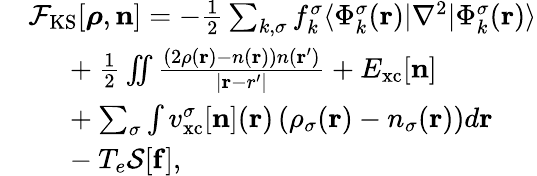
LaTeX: \begin{array}{rl}&{{\cal F}_{\mathrm{KS}}[{\boldsymbol\rho},{\mathbf n}]=-\frac{1}{2}\sum_{k,\sigma}f_{k}^{\sigma}\langle\Phi_{k}^{\sigma}({\mathbf r})\vert\nabla^{2}\vert\Phi_{k}^{\sigma}({\mathbf r})\rangle}\\ &{~~~~~+\frac{1}{2}\iint\frac{\left(2{\rho}({\mathbf r})-n({\mathbf r})\right){n}({\mathbf r^{\prime}})}{\vert{\mathbf r-r^{\prime}}\vert}+E_{\mathrm{xc}}[{\mathbf n}]}\\ &{~~~~~+\sum_{\sigma}\int v_{\mathrm{xc}}^{\sigma}[{\mathbf n}]({\mathbf r})\left(\rho_{\sigma}({\mathbf r})-n_{\sigma}({\mathbf r})\right)d{\mathbf r}}\\ &{~~~~~-T_{e}{\cal S}[{\mathbf f}],}\end{array}